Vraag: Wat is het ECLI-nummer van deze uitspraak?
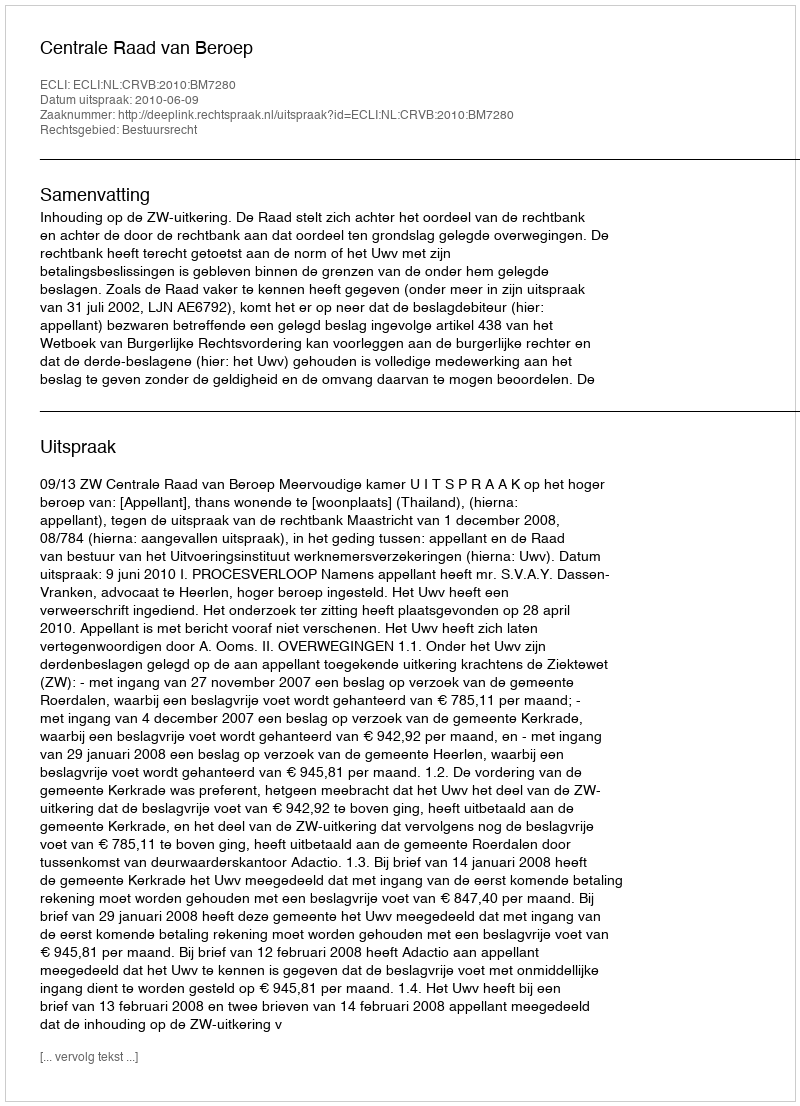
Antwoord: ECLI:NL:CRVB:2010:BM7280